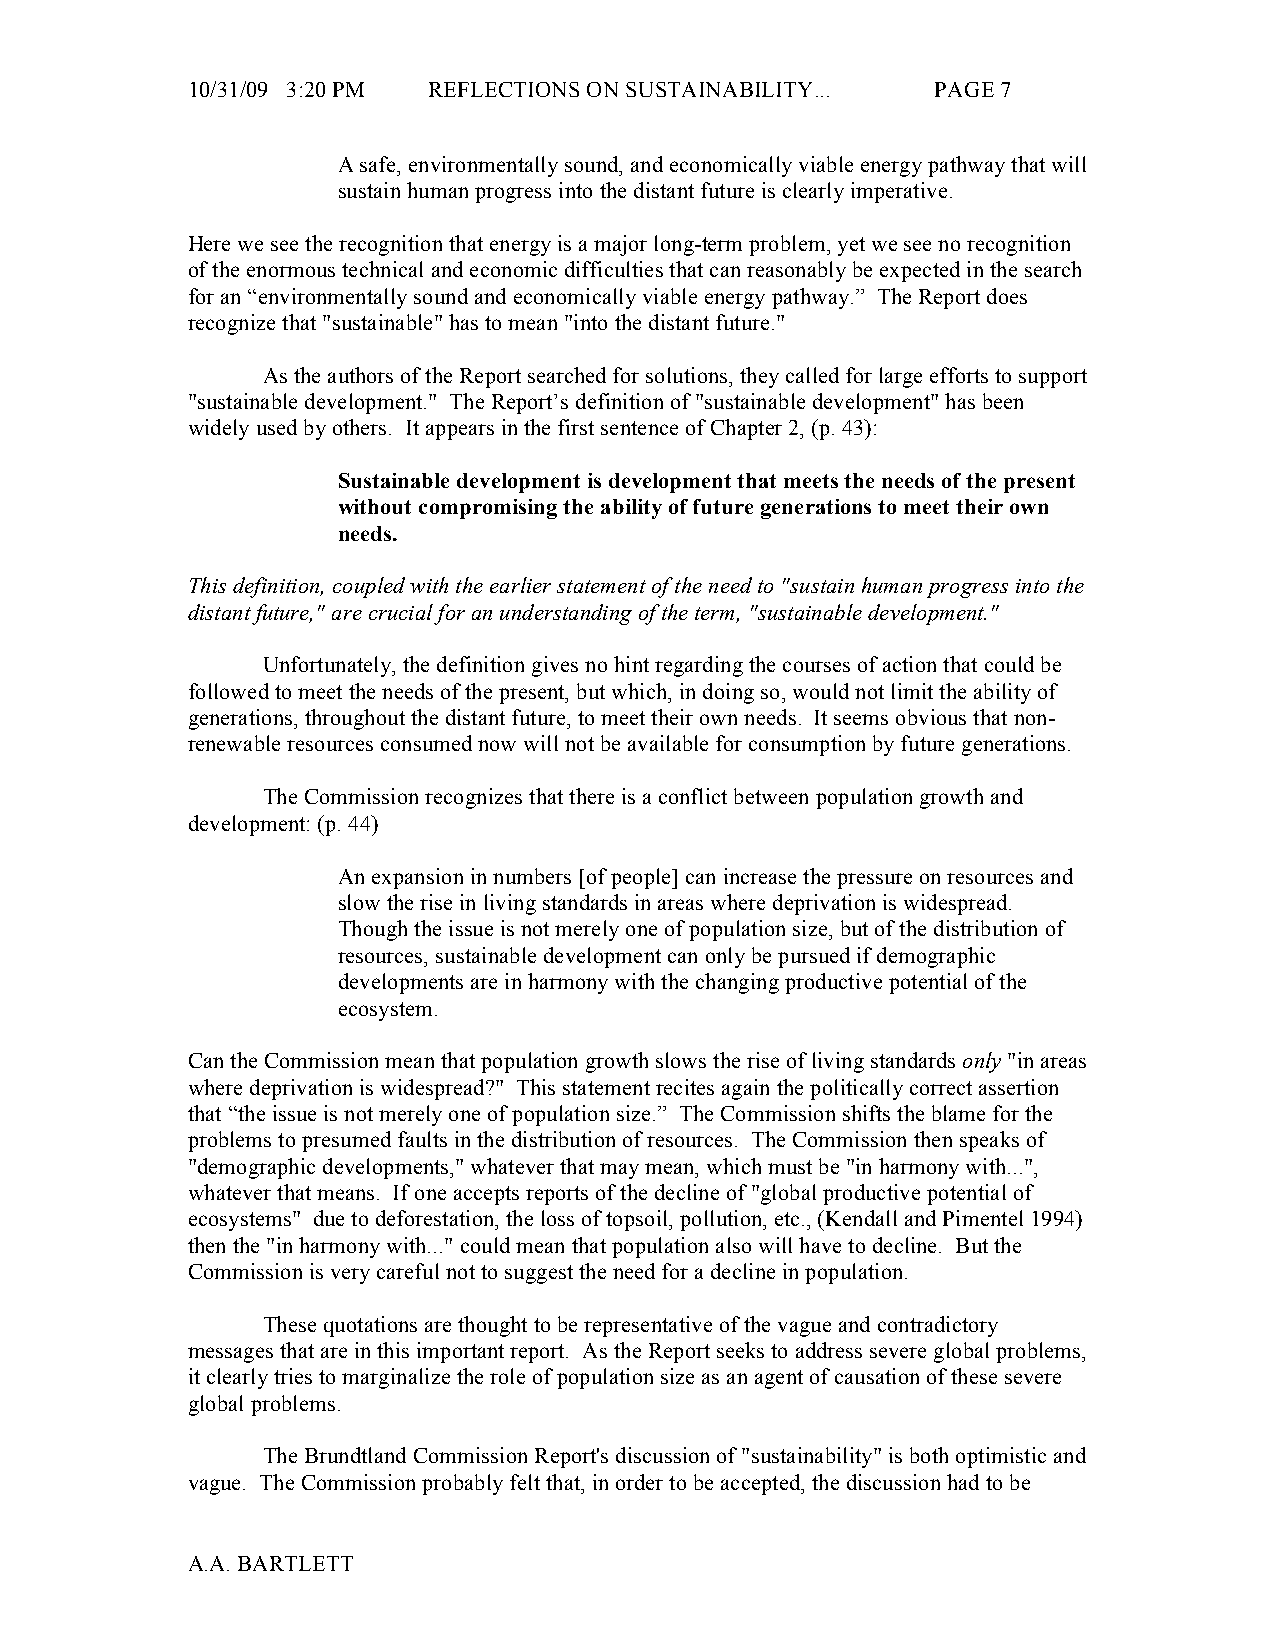
10/31/09 3:20 PM REFLECTIONS ON SUSTAINABILITY... PAGE 7
 A safe, environmentally sound, and economically viable energy pathway that will
 sustain human progress into the distant future is clearly imperative.
 Here we see the recognition that energy is a major long-term problem, yet we see no recognition
 of the enormous technical and economic difficulties that can reasonably be expected in the search
 for an “environmentally sound and economically viable energy pathway.” The Report does
 recognize that "sustainable" has to mean "into the distant future."
 As the authors of the Report searched for solutions, they called for large efforts to support
 "sustainable development." The Report’s definition of "sustainable development" has been
 widely used by others. It appears in the first sentence of Chapter 2, (p. 43):
 Sustainable development is development that meets the needs of the present
 without compromising the ability of future generations to meet their own
 needs.
 This definition, coupled with the earlier statement of the need to "sustain human progress into the
 distant future," are crucial for an understanding of the term, "sustainable development."
 Unfortunately, the definition gives no hint regarding the courses of action that could be
 followed to meet the needs of the present, but which, in doing so, would not limit the ability of
 generations, throughout the distant future, to meet their own needs. It seems obvious that non-
 renewable resources consumed now will not be available for consumption by future generations.
 The Commission recognizes that there is a conflict between population growth and
 development: (p. 44)
 An expansion in numbers [of people] can increase the pressure on resources and
 slow the rise in living standards in areas where deprivation is widespread.
 Though the issue is not merely one of population size, but of the distribution of
 resources, sustainable development can only be pursued if demographic
 developments are in harmony with the changing productive potential of the
 ecosystem.
 Can the Commission mean that population growth slows the rise of living standards only "in areas
 where deprivation is widespread?" This statement recites again the politically correct assertion
 that “the issue is not merely one of population size.” The Commission shifts the blame for the
 problems to presumed faults in the distribution of resources. The Commission then speaks of
 "demographic developments," whatever that may mean, which must be "in harmony with...",
 whatever that means. If one accepts reports of the decline of "global productive potential of
 ecosystems" due to deforestation, the loss of topsoil, pollution, etc., (Kendall and Pimentel 1994)
 then the "in harmony with..." could mean that population also will have to decline. But the
 Commission is very careful not to suggest the need for a decline in population.
 These quotations are thought to be representative of the vague and contradictory
 messages that are in this important report. As the Report seeks to address severe global problems,
 it clearly tries to marginalize the role of population size as an agent of causation of these severe
 global problems.
 The Brundtland Commission Report's discussion of "sustainability" is both optimistic and
 vague. The Commission probably felt that, in order to be accepted, the discussion had to be
 A.A. BARTLETT